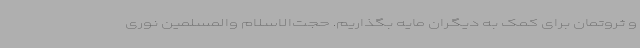
و ثروتمان برای کمک به دیگران مایه بگذاریم. حجت‌الاسلام والمسلمین نوری